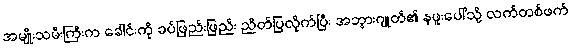
အမျိုးသမီးကြီးက ခေါင်းကို ခပ်ဖြည်းဖြည်း ညိတ်ပြလိုက်ပြီး အဘွားဂျုတ်၏ နဖူးပေါ်သို့ လက်တစ်ဖက်